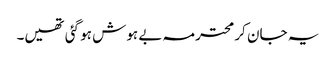
یہ جان کر محترمہ بے ہوش ہو گئی تھیں۔